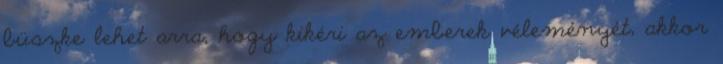
büszke lehet arra, hogy kikéri az emberek véleményét, akkor